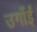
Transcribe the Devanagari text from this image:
उगाँईं